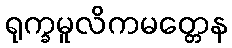
ရုက္ခမူလိကမတ္တေန